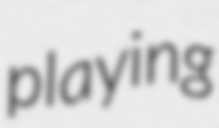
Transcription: playing